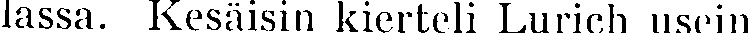
lassa. Kesäisin kierteli Lurich usein